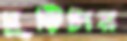
ঘুড়িটার